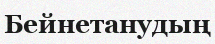
Бейнетанудың